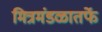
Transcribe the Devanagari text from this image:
मित्रमंडळातर्फे